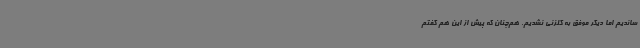
ساندیم اما دیگر موفق به گلزنی نشدیم. هم‌چنان که پیش از این هم گفتم